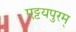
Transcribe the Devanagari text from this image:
एट्टयपुरम्